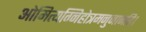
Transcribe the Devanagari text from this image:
ओमित्यग्निहोत्रमनुजानति।